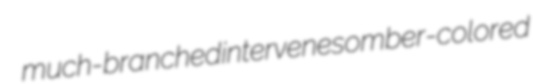
much-branched intervene somber-colored